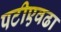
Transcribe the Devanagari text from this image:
पटीएवढा